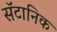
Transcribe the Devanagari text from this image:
सॅटानिक